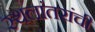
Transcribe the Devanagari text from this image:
स्थलांतरांची